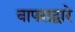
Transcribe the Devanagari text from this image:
वापराद्वारे